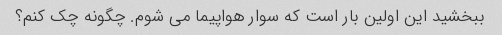
ببخشید این اولین بار است که سوار هواپیما می شوم. چگونه چک کنم؟